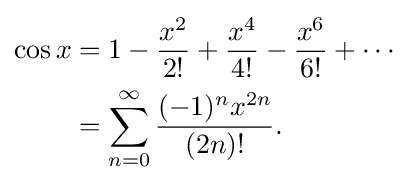
{\begin{aligned}\cos x&=1-{\frac {x^{2}}{2!}}+{\frac {x^{4}}{4!}}-{\frac {x^{6}}{6!}}+\cdots \\&=\sum _{n=0}^{\infty }{\frac {(-1)^{n}x^{2n}}{(2n)!}}.\end{aligned}}